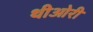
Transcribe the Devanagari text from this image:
थीओरी